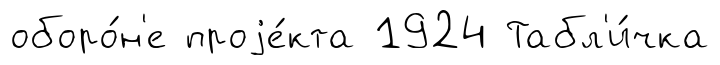
оборо́н'е проjе́кта 1924 Табл'и́чка